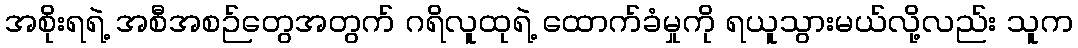
အစိုးရရဲ့ အစီအစဉ်တွေအတွက် ဂရိလူထုရဲ့ ထောက်ခံမှုကို ရယူသွားမယ်လို့လည်း သူက